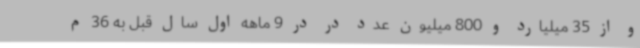
و از 35 میلیارد و 800 میلیون عدد در در 9 ماهه اول سال قبل به 36 م